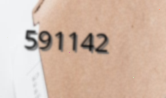
591142